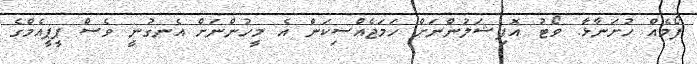
ފޯމެއް ހުށަނާޅާ. ވޯޓު އޮފިޝަލުންނަށް ހަމަޖެއްސިކަން އެ މީހުންނަށް އެނގުނީ ވެސް ޕީޕީއެމްގެ